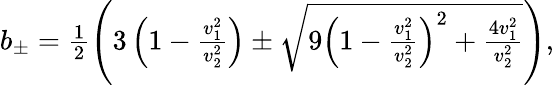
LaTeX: \begin{array}{r}{b_{\pm}=\frac{1}{2}\left(3\left(1-\frac{v_{1}^{2}}{v_{2}^{2}}\right)\pm\sqrt{9\left(1-\frac{v_{1}^{2}}{v_{2}^{2}}\right)^{2}+\frac{4v_{1}^{2}}{v_{2}^{2}}}\right),}\end{array}